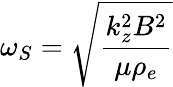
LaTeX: \omega_{S}={\sqrt{\frac{k_{z}^{2}B^{2}}{\mu\rho_{e}}}}